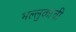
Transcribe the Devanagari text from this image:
भल्लुकाची